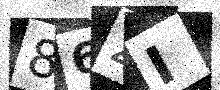
Text: 86ZI